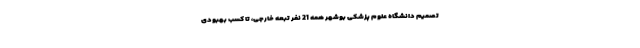
تصمیم دانشگاه علوم پزشکی بوشهر همه 21 نفر تبعه خارجی، تا کسب بهبودی